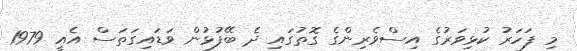
މި ފަހަރު ކުޅިވަރުގެ އިސްވެރިންގެ ގޮތުގައި ދެ ބޭފުޅުން ވަޑައިގަތަސް އެއީ 1979